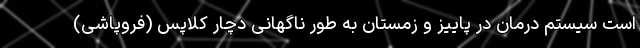
است سیستم درمان در پاییز و زمستان به طور ناگهانی دچار کلاپس (فروپاشی)